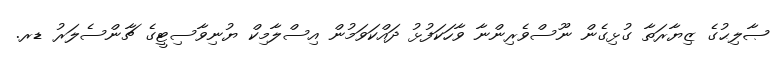
ޞާލިޙުގެ ޒިޔާރަތާ ގުޅިގެން ނޫސްވެރިންނާ ވާހަކަފުޅު ދައްކަވަމުން އިސްލާމިކް ޔުނިވާސިޓީގެ ޗާންސެލަރު ޑރ.